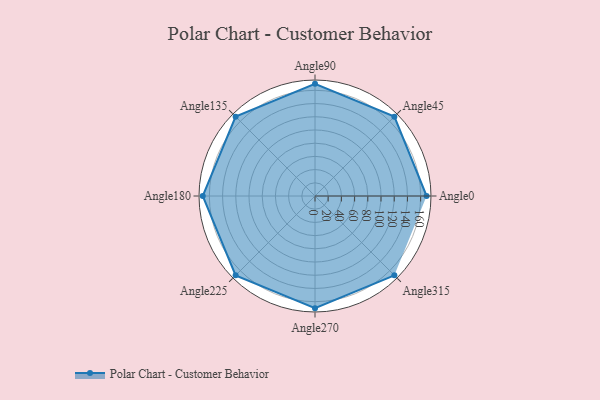
{"axis": {"x": "Angle", "y": "Radius"}, "legend": [""], "data": [{"x": "Angle0", "y": 169.0, "type": ""}, {"x": "Angle45", "y": 170, "type": ""}, {"x": "Angle90", "y": 170, "type": ""}, {"x": "Angle135", "y": 170, "type": ""}, {"x": "Angle180", "y": 170, "type": ""}, {"x": "Angle225", "y": 170, "type": ""}, {"x": "Angle270", "y": 170, "type": ""}, {"x": "Angle315", "y": 170, "type": ""}]}